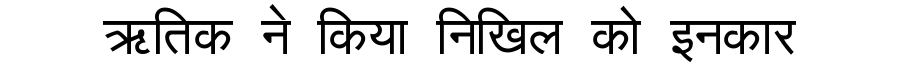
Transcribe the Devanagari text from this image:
ऋतिक ने किया निखिल को इनकार